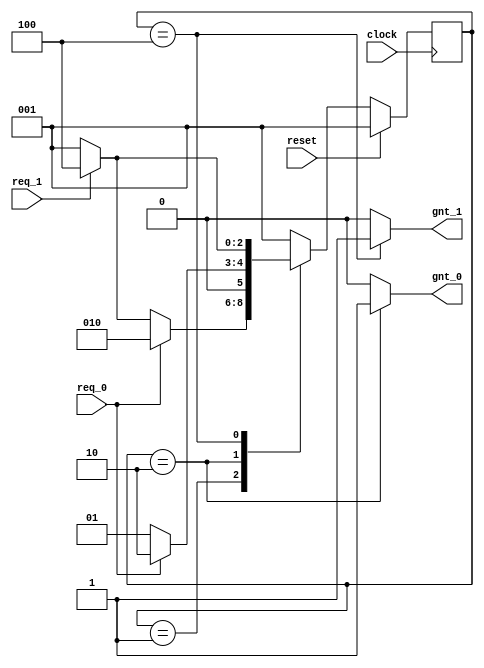

module arbiter (
	clock      , // clock
	reset      , // Active high, syn reset
	req_0      , // Request 0
	req_1      , // Request 1
	gnt_0      , // Grant 0
	gnt_1
);

//-------------Input Ports-----------------------------
input   clock,reset,req_0,req_1;
//-------------Output Ports----------------------------
output  gnt_0,gnt_1;
//-------------Input ports Data Type-------------------
wire    clock,reset,req_0,req_1;
//-------------Output Ports Data Type------------------
reg     gnt_0,gnt_1;
//-------------Internal Constants--------------------------
parameter SIZE = 3;
parameter IDLE  = 3'b001, GNT0 = 3'b010, GNT1 = 3'b100;
//-------------Internal Variables---------------------------
reg   [SIZE-1:0]          state        ;// Seq part of the FSM
reg   [SIZE-1:0]          next_state   ;// combo part of FSM
//----------Code startes Here------------------------


`ifndef SYNTH
    integer state_debug;

    always @ (state) begin
        case(state)
        GNT0 : state_debug = "GNT0";
        GNT1 : state_debug = "GNT1";
        default : state_debug = "IDLE";
        endcase
    end
`endif



always @ (state or req_0 or req_1)
begin : FSM_COMBO
    next_state = 3'b000;
    case(state)
        IDLE : if (req_0 == 1'b1) begin
                    next_state = GNT0;
                end else if (req_1 == 1'b1) begin
                    next_state= GNT1;
                end else begin
                    next_state = IDLE;
                end
        GNT0 : if (req_0 == 1'b1) begin
                    next_state = GNT0;
                end else begin
                    next_state = IDLE;
                end
        GNT1 : if (req_1 == 1'b1) begin
                    next_state = GNT1;
                end else begin
                    next_state = IDLE;
                end
        default : next_state = IDLE;
    endcase
end

//----------Seq Logic-----------------------------
always @ (posedge clock)
begin : FSM_SEQ
    if (reset == 1'b1) begin
        state <= IDLE;
    end else begin
        state <= next_state;
    end
end

//----------Output Logic-----------------------------
always @ (state)
begin : OUTPUT_LOGIC
    case(state)
        IDLE : begin
                gnt_0 <= 1'b0;
                gnt_1 <= 1'b0;
            end
        GNT0 : begin
                gnt_0 <= 1'b1;
                gnt_1 <= 1'b0;
            end
        GNT1 : begin
                gnt_0 <= 1'b0;
                gnt_1 <= 1'b1;
            end
        default : begin
                gnt_0 <= 1'b0;
                gnt_1 <= 1'b0;
            end
    endcase
end // End Of Block OUTPUT_LOGIC

endmodule // End of Module arbiter